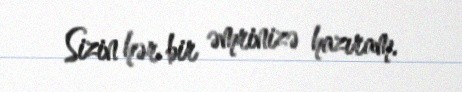
Sizin hər bir əmrinizə hazıram.